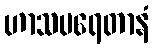
ဟာသပရေတာနံ